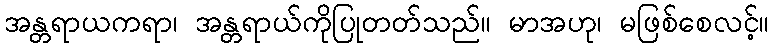
အန္တရာယကရာ၊ အန္တရာယ်ကိုပြုတတ်သည်။ မာအဟု၊ မဖြစ်စေလင့်။